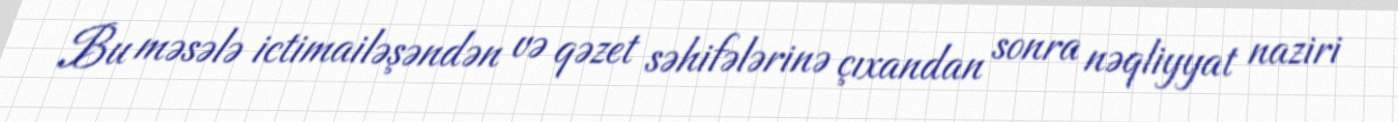
Bu məsələ ictimailəşəndən və qəzet səhifələrinə çıxandan sonra nəqliyyat naziri